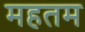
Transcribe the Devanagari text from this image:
महतम